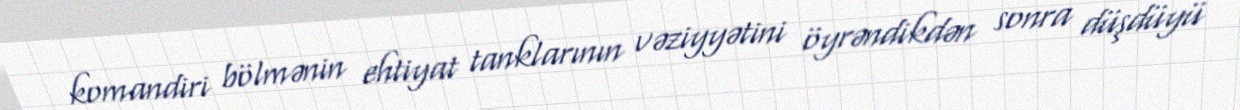
komandiri bölmənin ehtiyat tanklarının vəziyyətini öyrəndikdən sonra düşdüyü